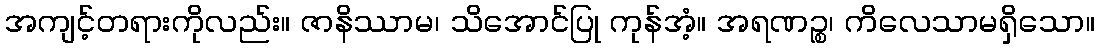
အကျင့်တရားကိုလည်း။ ဇာနိဿာမ၊ သိအောင်ပြု ကုန်အံ့။ အရဏဉ္စ၊ ကိလေသာမရှိသော။